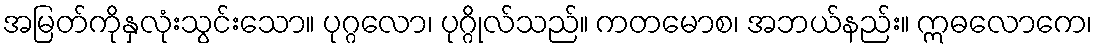
အမြတ်ကိုနှလုံးသွင်းသော။ ပုဂ္ဂလော၊ ပုဂ္ဂိုလ်သည်။ ကတမောစ၊ အဘယ်နည်း။ ဣဓလောကေ၊